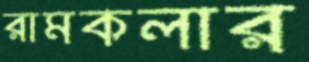
রামকলার